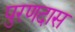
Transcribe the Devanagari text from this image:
पुरणदास